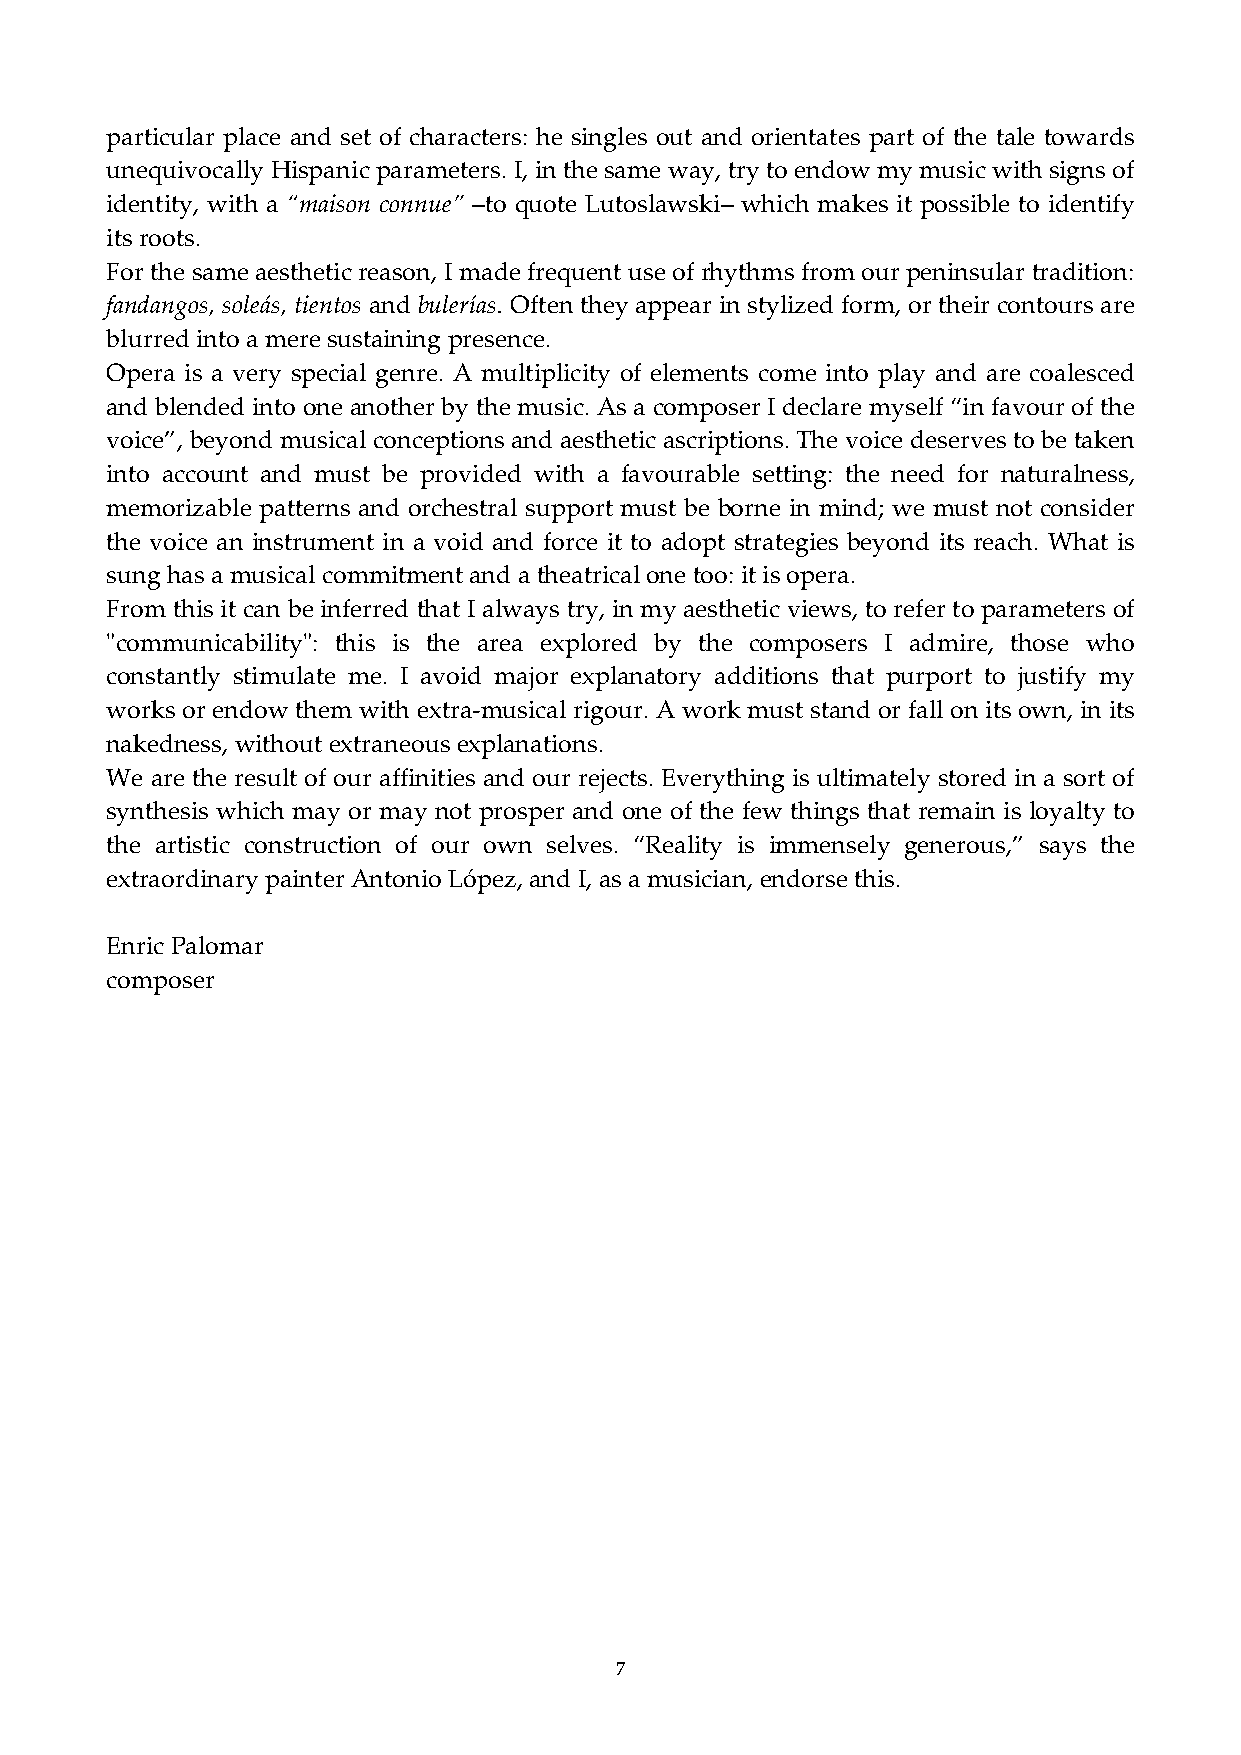
particular place and set of characters: he singles out and orientates part of the tale towards
 unequivocally Hispanic parameters. I, in the same way, try to endow my music with signs of
 identity, with a “maison connue” –to quote Lutoslawski– which makes it possible to identify
 its roots.
 For the same aesthetic reason, I made frequent use of rhythms from our peninsular tradition:
 fandangos, soleás, tientos and bulerías. Often they appear in stylized form, or their contours are
 blurred into a mere sustaining presence.
 Opera is a very special genre. A multiplicity of elements come into play and are coalesced
 and blended into one another by the music. As a composer I declare myself “in favour of the
 voice”, beyond musical conceptions and aesthetic ascriptions. The voice deserves to be taken
 into account and must be provided with a favourable setting: the need for naturalness,
 memorizable patterns and orchestral support must be borne in mind; we must not consider
 the voice an instrument in a void and force it to adopt strategies beyond its reach. What is
 sung has a musical commitment and a theatrical one too: it is opera.
 From this it can be inferred that I always try, in my aesthetic views, to refer to parameters of
 ʺcommunicabilityʺ: this is the area explored by the composers I admire, those who
 constantly stimulate me. I avoid major explanatory additions that purport to justify my
 works or endow them with extra‐musical rigour. A work must stand or fall on its own, in its
 nakedness, without extraneous explanations.
 We are the result of our affinities and our rejects. Everything is ultimately stored in a sort of
 synthesis which may or may not prosper and one of the few things that remain is loyalty to
 the artistic construction of our own selves. “Reality is immensely generous,” says the
 extraordinary painter Antonio López, and I, as a musician, endorse this.
 Enric Palomar
 composer
 7